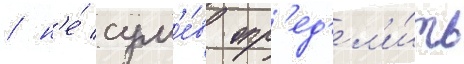
/ н'е́ сум'е́в опр'ед'ел'и́ть